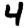
Digit: 4